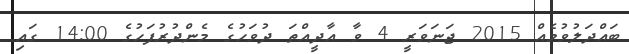
ބައްދަލުވުމެއް 2015 ޖަނަވަރީ 4 ވާ އާދީއްތަ ދުވަހުގެ މެންދުރުފަހުގެ 14:00 ގައި